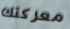
معركتك